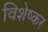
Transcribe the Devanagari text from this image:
विशेष्कर